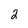
Character: 2